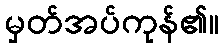
မှတ်အပ်ကုန်၏။